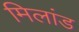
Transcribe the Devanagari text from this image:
मिलांड